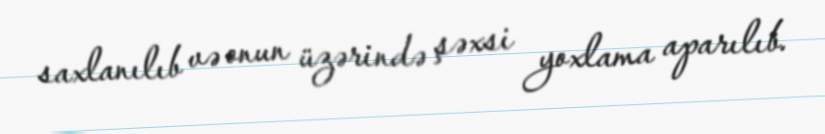
saxlanılıb və onun üzərində şəxsi yoxlama aparılıb.